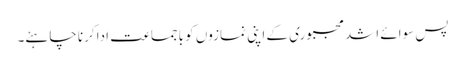
پس سوائے اشد مجبوری کے اپنی نمازوں کو باجماعت ادا کرنا چاہئے۔